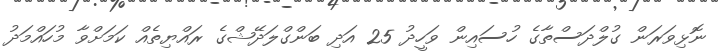
ނޮޅިވަރަން ގުލްދަސްތާގެ ހުސައިން ވަހީދު 25 އަދި ބަންގްލަދޭޝްގެ ރައްޔިތެއް ކަމަށްވާ މުހައްމަދު